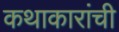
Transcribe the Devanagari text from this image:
कथाकारांची